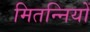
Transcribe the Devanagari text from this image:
मितन्नियों